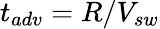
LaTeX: t_{adv}=R/V_{sw}